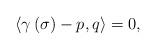
LaTeX: \begin{align*}\langle \gamma \left( \sigma \right) -p,q\rangle =0,\end{align*}